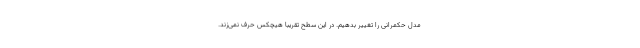
مدل حکمرانی را تغییر بدهیم. در این سطح تقریباً هیچکس حرف نمی‌زند.